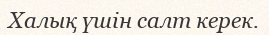
Халық үшін салт керек.